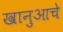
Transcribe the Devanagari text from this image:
खानुआचे